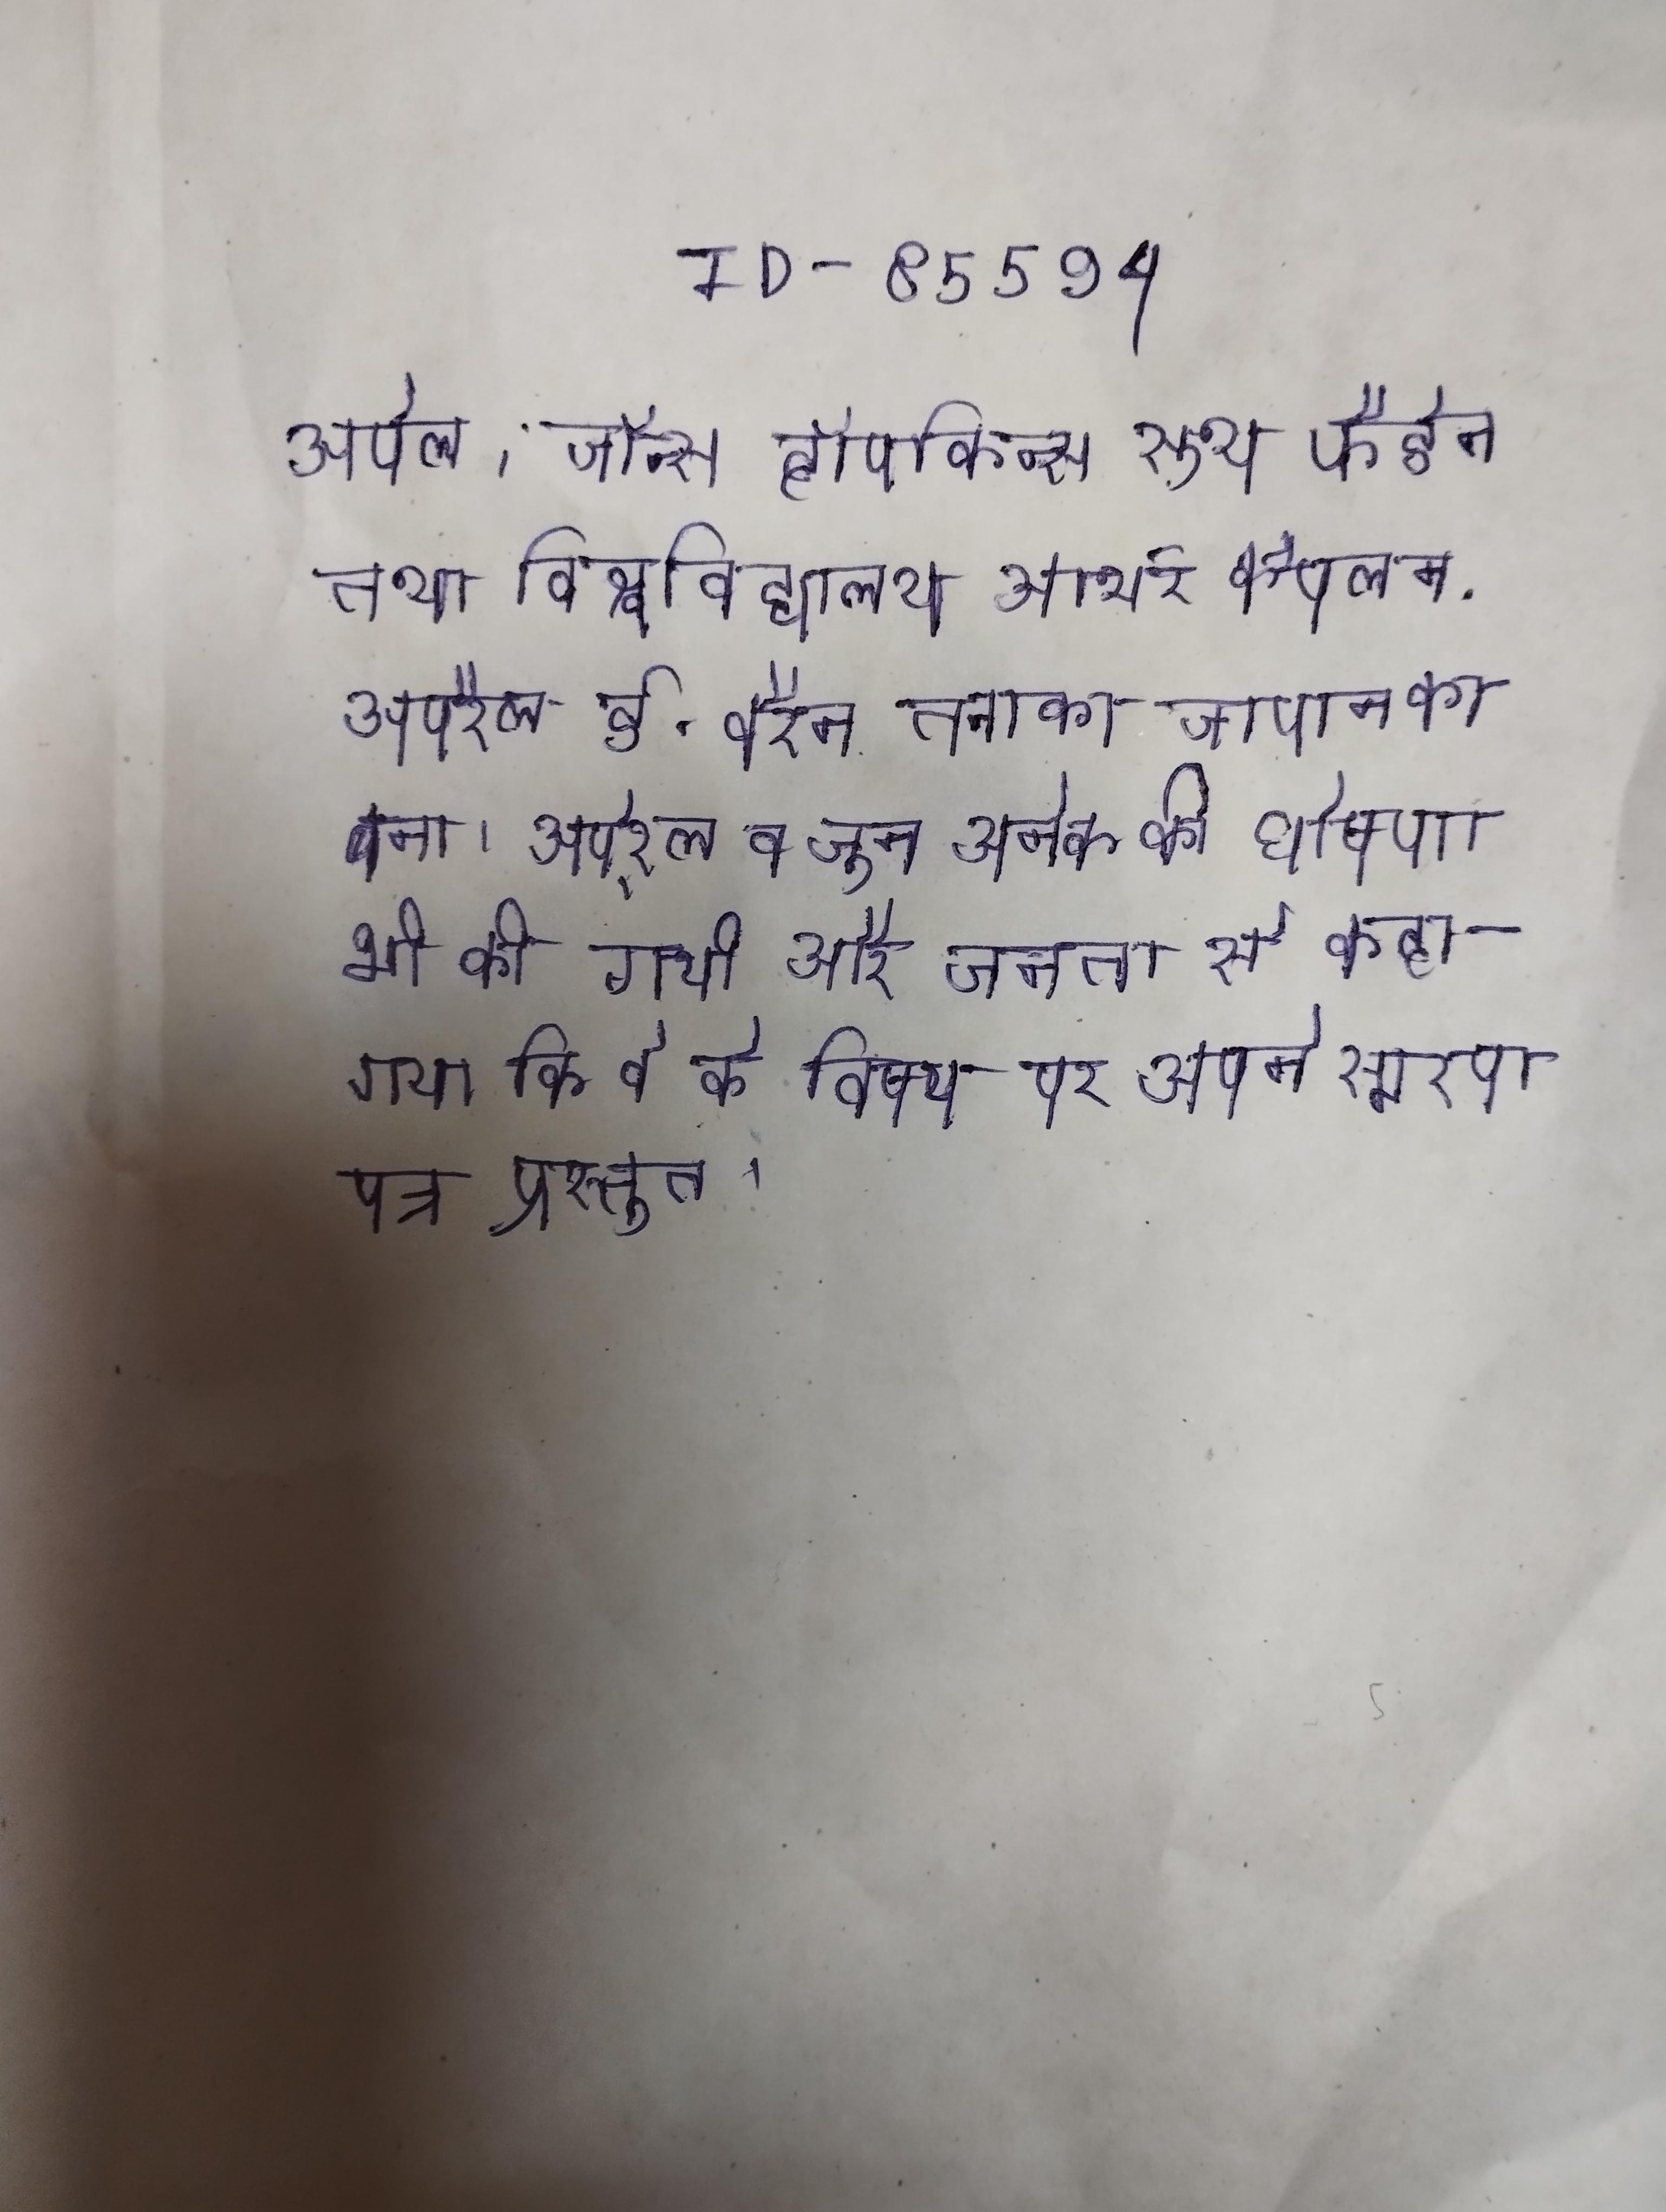
अपेल, जॉन्स हॉपकिन्स रूथ फैडेन तथा विश्वविद्यालय आर्थर कैपलन . अपै्रल ई. बैरन तनाका जापान का बना । अपै्रल व जून अनेक की घोषणा भी की गयी और जनता से कहा गया कि वे के विषय पर अपने स्मरण पत्र प्रस्तुत ।